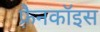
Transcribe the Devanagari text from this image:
फ़्रैनकॉइस